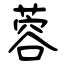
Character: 蓉